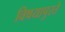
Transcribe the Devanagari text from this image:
विषयापुरते